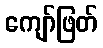
ကျော်ဖြတ်